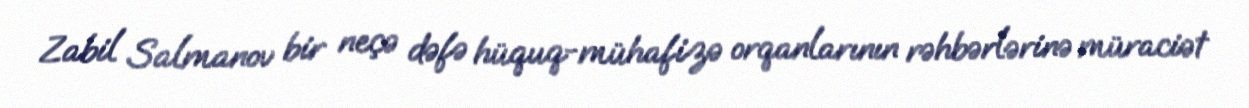
Zabil Salmanov bir neçə dəfə hüquq-mühafizə orqanlarının rəhbərlərinə müraciət